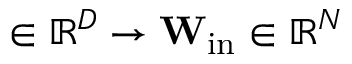
\u \in \mathbb { R } ^ { D } \to \mathbf { W _ { \mathrm { i n } } } \u \in \mathbb { R } ^ { N }